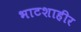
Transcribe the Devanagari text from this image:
भाटशाहीर